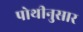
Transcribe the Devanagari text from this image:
पोथीनुसार